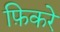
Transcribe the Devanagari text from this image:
फ़िकरे